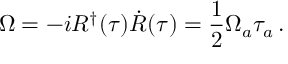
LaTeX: \Omega = - i R ^ { \dagger } ( \tau ) \dot { R } ( \tau ) = \frac 1 2 \Omega _ { a } \tau _ { a } \, .